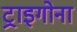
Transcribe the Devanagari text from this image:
ट्राइगोना